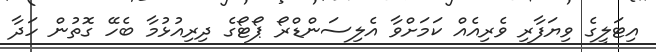
އިޓަލީގެ ވިޔަފާރި ވެރިއެއް ކަމަށްވާ އެލިސަންޑްރޯ ޕޯޓޯގެ ދިރިއުޅުމާ ބެހޭ ގޮތުން ހަދާ